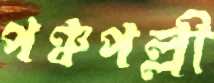
পঞ্চপল্লী